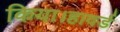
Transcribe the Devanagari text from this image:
किया।हावर्ड